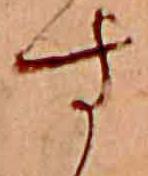
す